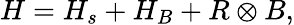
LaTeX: H=H_{s}+H_{B}+R\otimes B,